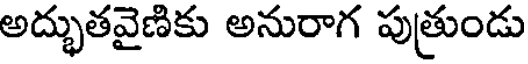
అద్భుతవైణికు అనురాగ పుత్రుండు